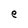
Character: e